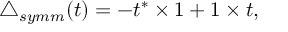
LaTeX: \triangle _ { s y m m } ( t ) = - t ^ { * } \times 1 + 1 \times t ,